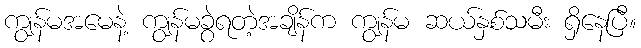
ကျွန်မအမေနဲ့ ကျွန်မခွဲရတဲ့အချိန်က ကျွန်မ ဆယ်နှစ်သမီး ရှိနေပြီ။